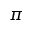
\pi